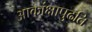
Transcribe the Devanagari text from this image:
आकांक्षापुढति